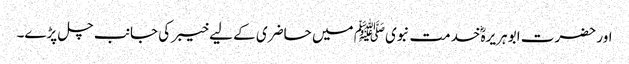
اور حضرت ابو ہریرہؓ خدمت نبویﷺ میں حاضری کے لیے خیبر کی جانب چل پڑے۔